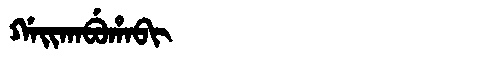
Manchu: ᡤᠠᡳᡴᠠᠪᡠᡥᠠᠪᡳ
Romanization: GAIKABUHABI